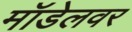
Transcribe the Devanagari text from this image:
मॉडेलवर